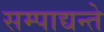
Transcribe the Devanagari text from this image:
सम्पाद्यन्ते